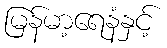
မြန်မာ့ရေနံနှင့်